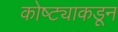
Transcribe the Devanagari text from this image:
कोष्ट्याकडून